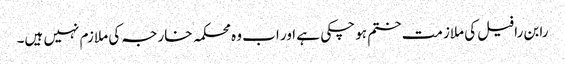
رابن رافیل کی ملازمت ختم ہو چکی ہے اور اب وہ محکمہ خارجہ کی ملازم نہیں ہیں۔